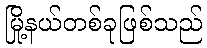
မြို့နယ်တစ်ခုဖြစ်သည်